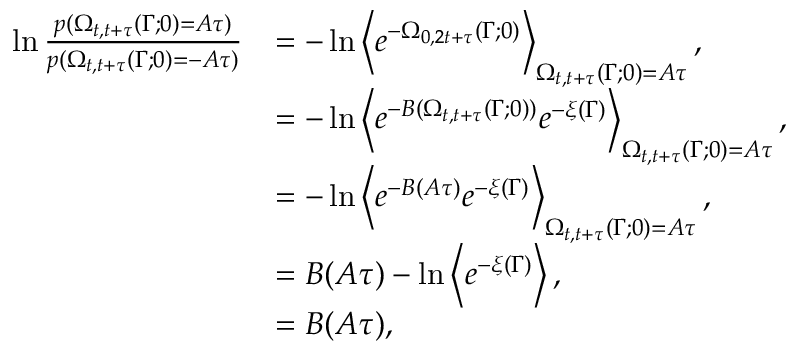
\begin{array} { r l } { \ln \frac { p ( \Omega _ { t , t + \tau } ( \Gamma ; 0 ) = A \tau ) } { p ( \Omega _ { t , t + \tau } ( \Gamma ; 0 ) = - A \tau ) } } & { = - \ln \left< e ^ { - \Omega _ { 0 , 2 t + \tau } ( \Gamma ; 0 ) } \right> _ { \Omega _ { t , t + \tau } ( \Gamma ; 0 ) = A \tau } , } \\ & { = - \ln \left< e ^ { - B ( \Omega _ { t , t + \tau } ( \Gamma ; 0 ) ) } e ^ { - \xi ( \Gamma ) } \right> _ { \Omega _ { t , t + \tau } ( \Gamma ; 0 ) = A \tau } , } \\ & { = - \ln \left< e ^ { - B ( A \tau ) } e ^ { - \xi ( \Gamma ) } \right> _ { \Omega _ { t , t + \tau } ( \Gamma ; 0 ) = A \tau } , } \\ & { = B ( A \tau ) - \ln \left< e ^ { - \xi ( \Gamma ) } \right> , } \\ & { = B ( A \tau ) , } \end{array}